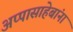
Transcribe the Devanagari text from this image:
अप्पासाहेबांना